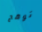
توهج